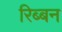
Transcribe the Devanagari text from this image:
रिब्बन